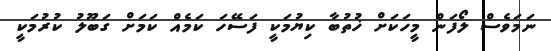
ނަމަވެސް ލޯފަން މީހަކަށް ޚުތުބާ ކިޔުމަކީ ފަސޭހަ ކަމެއް ކަމަށް ގަބޫލު ކުރުމަކީ